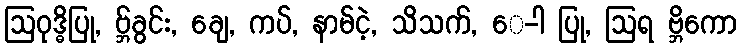
ဩဝုဒ္ဓိပြု, ဗ္ဘ်ခွင်း, ချေ, ကပ်, နာမ်ငဲ့, သိသက်, ေ-ါ ပြု, ဩရ ဗ္ဘိကော